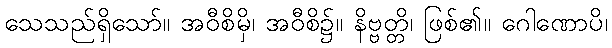
သေသည်ရှိသော်။ အဝီစိမှိ၊ အဝီစိ၌။ နိဗ္ဗတ္တိ၊ ဖြစ်၏။ ဂေါဏောပိ၊